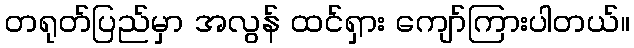
တရုတ်ပြည်မှာ အလွန် ထင်ရှား ကျော်ကြားပါတယ်။